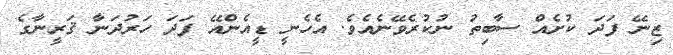
ޒިނޭ ފަދަ ކުށެއް ސާބިތު ނުކުރެވޭނެއެވެ. އެހެނީ ޑީއެންއޭ ފަދަ ހަރުދަނާ ޤަރީނާގެ